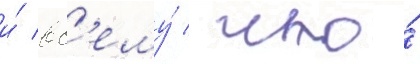
и́ вс'ему́ / что́